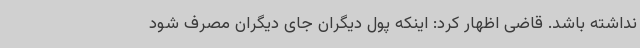
نداشته باشد. قاضی اظهار کرد: اینکه پول دیگران جای دیگران مصرف شود